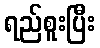
ရည်စူးပြီး